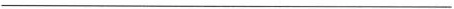
___